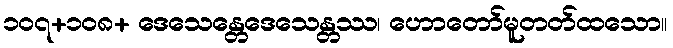
၁၀၇+၁၀၈+ ဒေသေန္တေဒေသေန္တဿ၊ ဟောတော်မူတတ်ထသော။